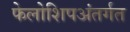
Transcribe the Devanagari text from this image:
फेलोशिपअंतर्गत